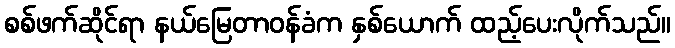
စစ်ဖက်ဆိုင်ရာ နယ်မြေတာဝန်ခံက နှစ်ယောက် ထည့်ပေးလိုက်သည်။